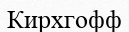
Кирхгофф